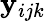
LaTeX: \mathbf{y}_{ijk}